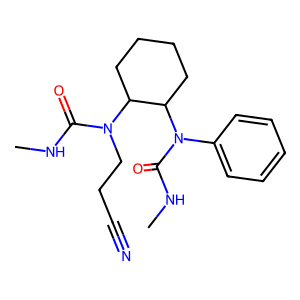
SMILES: CNC(=O)N(CCC#N)C1CCCCC1N(C(=O)NC)c1ccccc1
Inhibits HIV replication: No